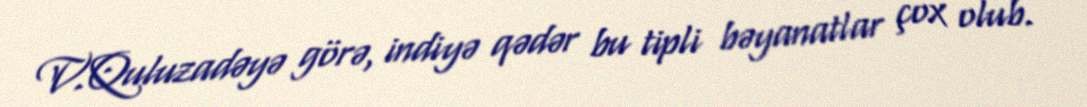
V.Quluzadəyə görə, indiyə qədər bu tipli bəyanatlar çox olub.